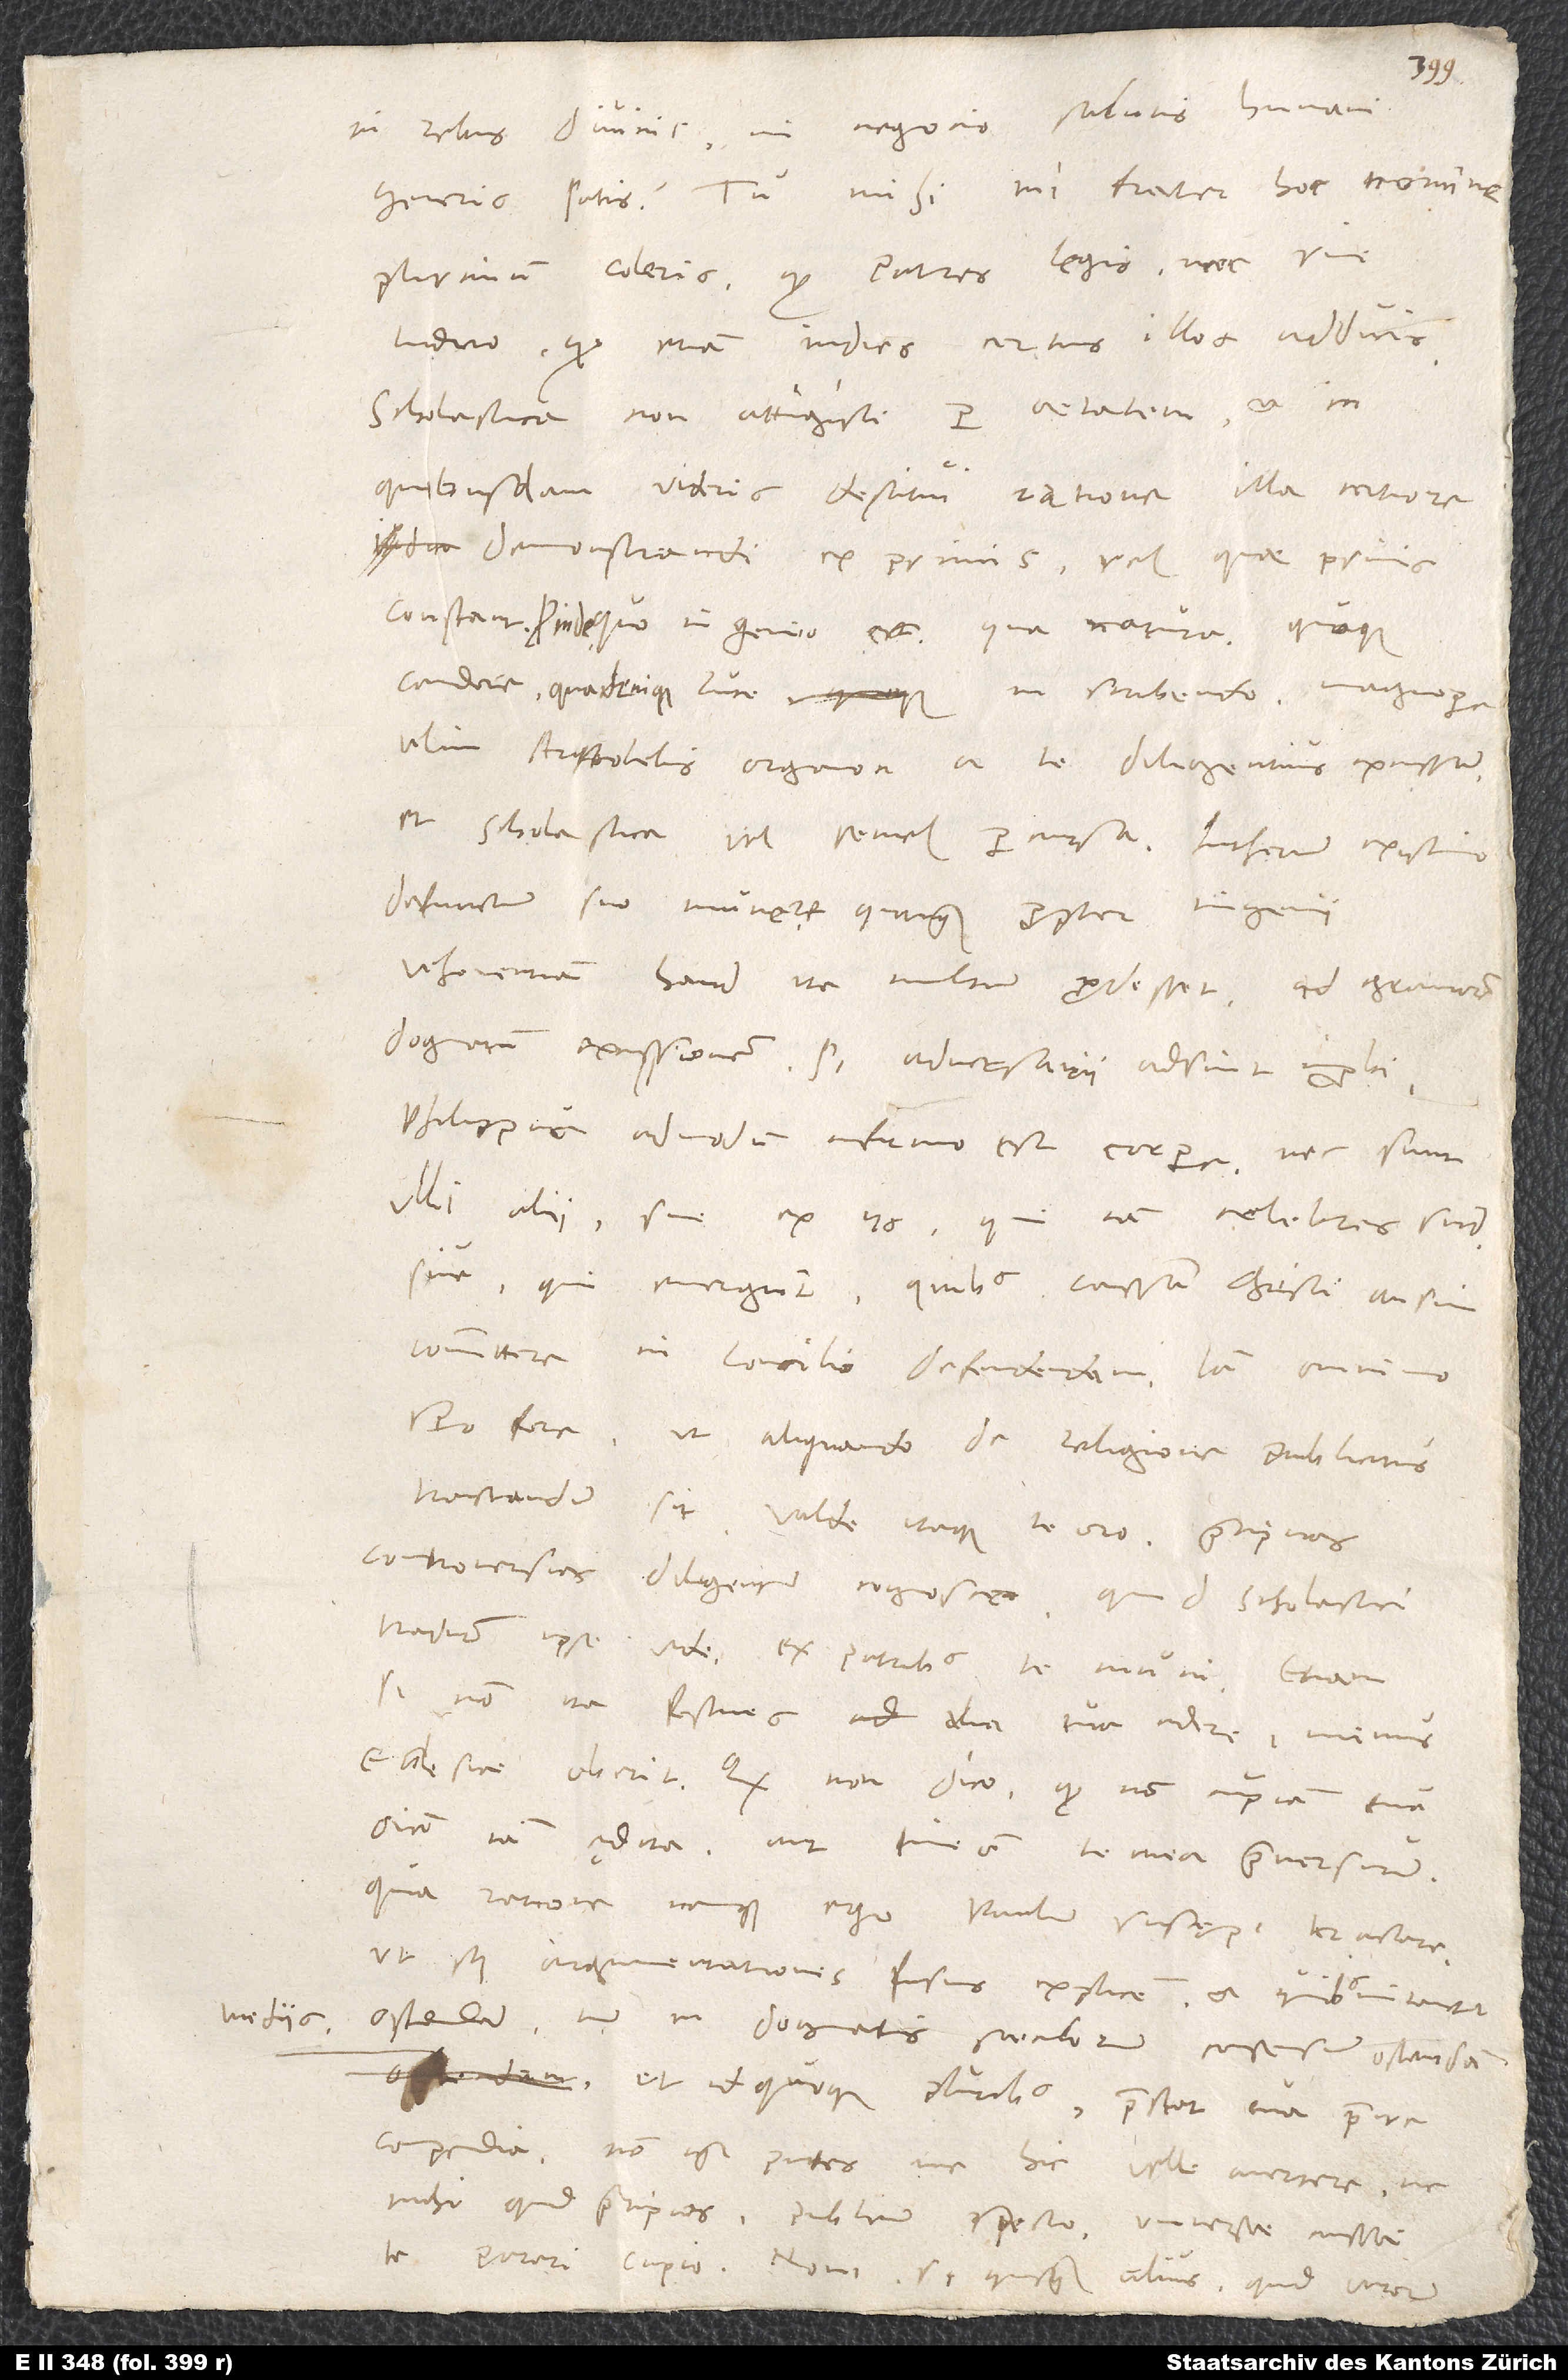
mediis

in rebus divinis, in negocio salutis humani
plurimum coleris, quod patres legis nec sine
iudicio, quod etiam indies certius illos adducis.
Scholastica non attigisti per aetatem, et in
quibusdam videris destitui ratione illa certiore
demonstrandi ex primis vel quae primis
constant. Proinde quo ingenio es, qua natura quoque
candore, qua denique luce in scribendo, magnopere
velim Aristotelis organon a te diligentius excussum
et scholastica vel semel percursa. Lutherum existimo
defunctum suo munere, quanquam propter ingenii
vehementiam haud ita multum prodesset ad graviorem
dogmatum excussionem, si adversarii adsint improbi.
Philippus admodum infirmo est corpore, nec sunt
ulli alii, sive ex iis, qui iam celebres sunt,
sive qui emergunt, quibus caussam Christi ausim
committere in concilio defendendam. Iam omnino
spero fore, ut aliquando de religione publicitus
tractandum sit. Valde itaque te oro: Praecipuas
controversias diligenter cognosce, quid scholastici
tradunt, ipse vide, ex patribus te muni. Etiam
si non ita festines alia tua edere, minus
ecclesiae oberit. Quod non dico, quod non cupiam tua
omnia iam ędita aut timeam te mea praeversurum.
Qua ratione namque ego Paulum suscepi tractare,
ut scilicet argumentationes fusius explicem et quibus nitantur
ostendam, tum in dogmatis saeculorum consensum ostendam,
et id quoque pluribus, praestat tua praeire
compendia. Non igitur putes me hic velle avertere, ne
mihi quid praecipias. Publicum specto, universae caussae